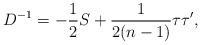
LaTeX: \begin{align*} D^{-1}=-\frac{1}{2}S+\frac{1}{2(n-1)} \tau \tau',\end{align*}